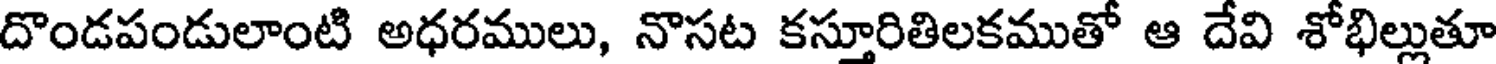
దొండపండులాంటి అధరములు, నొసట కస్తూరితిలకముతో ఆ దేవి శోభిల్లుతూ